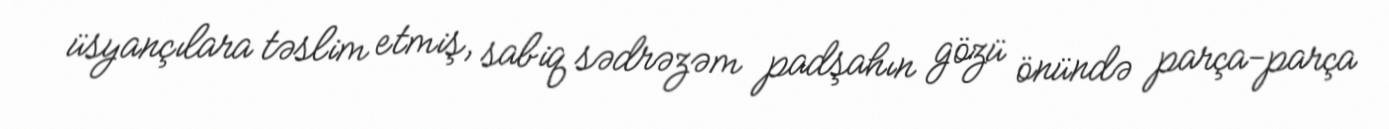
üsyançılara təslim etmiş, sabiq sədrəzəm padşahın gözü önündə parça-parça